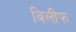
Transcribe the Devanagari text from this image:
बिलीफ